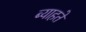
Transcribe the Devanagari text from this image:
ब्याहते